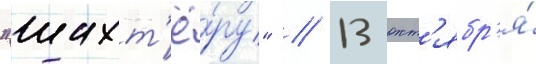
"шахт'ё́ру" // 13 окт'ябр'я́